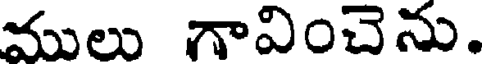
ములు గావించెను.